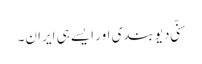
سنّی دیوبندی اور ایسے ہی ایران۔